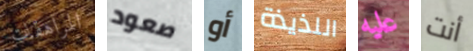
المراهقات صعود أو اللذيذة عليه أنت